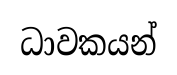
ධාවකයන්